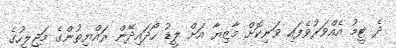
ދެ ޓީމު އެއްވަރުވެފައި ވަނިކޮށް މާޒިޔާ އަށް ލީޑު ހޯދައިދޭން ރައްޔިތުންގެ މަޖިލީހުގެ